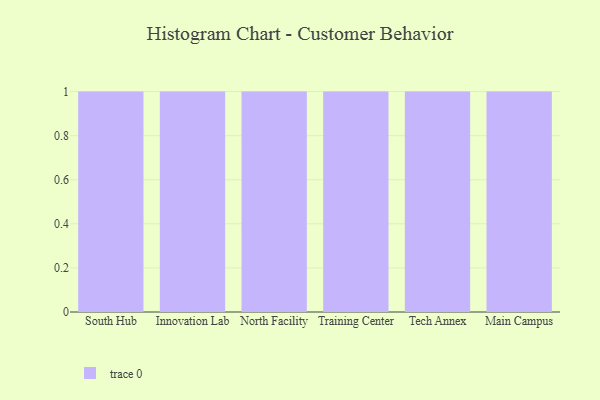
{"axis": {"x": "Campus", "y": "Population (Million)"}, "legend": [""], "data": [{"x": "South Hub", "y": 20, "type": ""}, {"x": "Innovation Lab", "y": 46, "type": ""}, {"x": "North Facility", "y": 63, "type": ""}, {"x": "Training Center", "y": 51, "type": ""}, {"x": "Tech Annex", "y": 99, "type": ""}, {"x": "Main Campus", "y": 38, "type": ""}]}